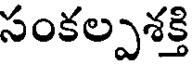
సంకల్పశక్తి